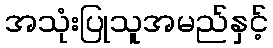
အသုံးပြုသူအမည်နှင့်